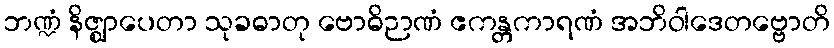
ဘဏ္ဍံ နိဇ္ဈာပေတာ သုခဓာတု ဗောဓိဉာဏံ ဧကန္တကာရဏံ အဘိဝါဒေတဗ္ဗောတိ